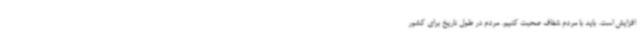
افزایش است. باید با مردم شفاف صحبت کنیم. مردم در طول تاریخ برای کشور